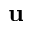
\mathbf { u }